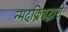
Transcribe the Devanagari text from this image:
न्मदक्लिन्नद्वारो